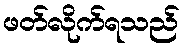
ဖတ်လိုက်ရသည်